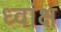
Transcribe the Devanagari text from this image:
ध्वांक्ष